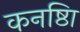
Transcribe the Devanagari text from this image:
कनष्ठाि